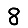
Digit: 8